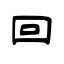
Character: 回